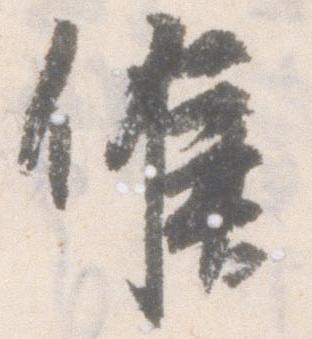
候